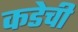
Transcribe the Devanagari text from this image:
कडेची